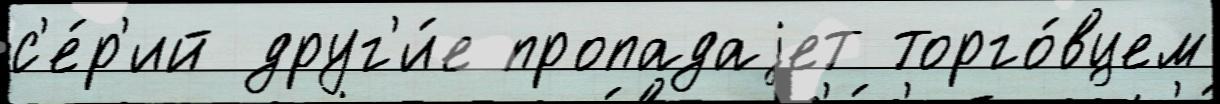
с'е́р'ий друг'и́е пропадаjет торго́вцем